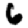
Digit: 6